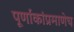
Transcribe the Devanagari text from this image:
पूर्णांकांप्रमाणेच